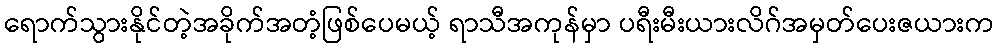
ရောက်သွားနိုင်တဲ့အခိုက်အတံ့ဖြစ်ပေမယ့် ရာသီအကုန်မှာ ပရီးမီးယားလိဂ်အမှတ်ပေးဇယားက